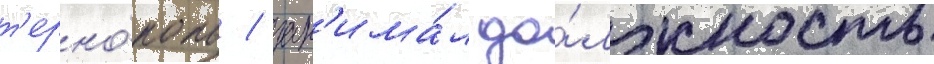
т'ерно́поль / зан'има́л до́лжность